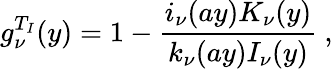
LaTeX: g_{\nu}^{T_{I}}(y)=1-{\frac{i_{\nu}(ay)K_{\nu}(y)}{k_{\nu}(ay)I_{\nu}(y)}}~,